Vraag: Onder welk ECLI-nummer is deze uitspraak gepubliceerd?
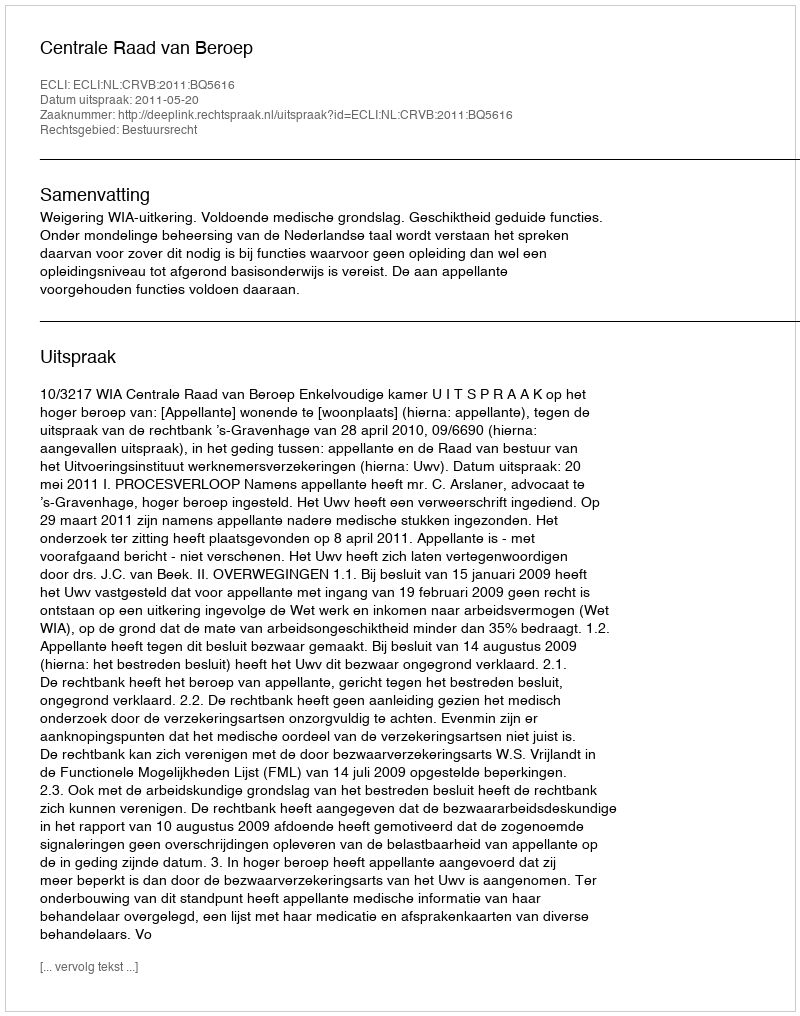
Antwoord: ECLI:NL:CRVB:2011:BQ5616